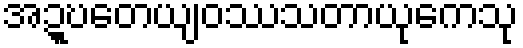
အဍ္ဎတေယျဝဿသတာယုကေသု